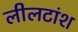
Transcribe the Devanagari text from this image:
लीलटांश